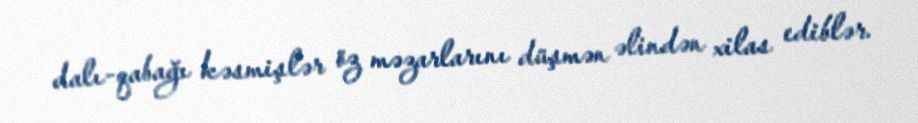
dalı-qabağı kəsmişlər öz məzarlarını düşmən əlindən xilas ediblər.